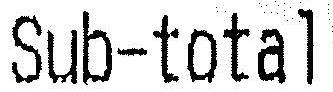
SUB-TOTAL